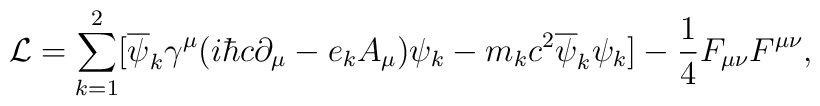
{\cal L} = \sum_{k=1}^{2} [ \overline{\psi}_k {\gamma}^{\mu}(i{\hbar}c {\partial}_{\mu} -e_k A_{\mu}) {\psi}_k  - m_k c^2 \overline{\psi}_k{\psi}_k] - \frac{1}{4} F_{\mu \nu} F^{\mu \nu},